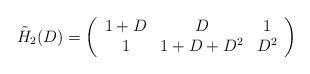
LaTeX: \begin{align*}\tilde H_2(D)=\left(\begin{array}{ccc}1+D& D & 1 \\1& 1+D+D^2 & D^2 \end{array}\right)\end{align*}